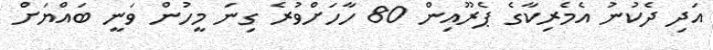
އަދި ދެކުނު އެމެރިކާގެ ޕެރޫއިން 80 ހާހަށްވުރެ ގިނަ މީހުން ވަނީ ބައްޔަށް